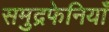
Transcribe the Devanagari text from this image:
समुद्रफेनियाँ